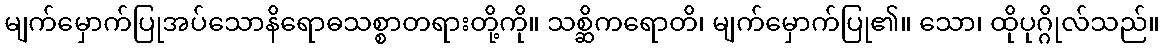
မျက်မှောက်ပြုအပ်သောနိရောဓသစ္စာတရားတို့ကို။ သစ္ဆိကရောတိ၊ မျက်မှောက်ပြု၏။ သော၊ ထိုပုဂ္ဂိုလ်သည်။